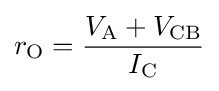
r_{\text{O}}={\frac {V_{\text{A}}+V_{\text{CB}}}{I_{\text{C}}}}